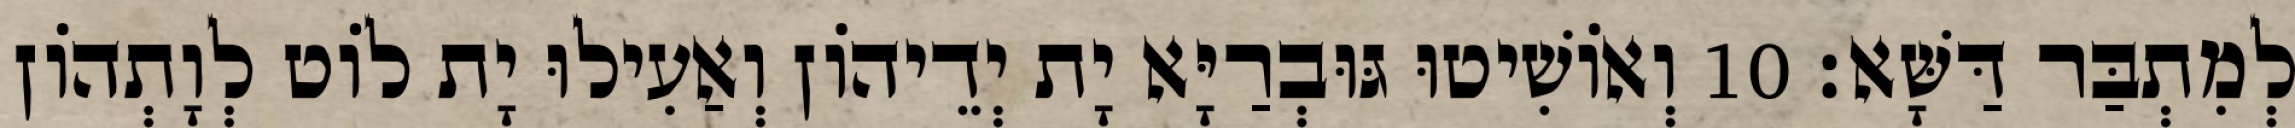
לְמִתְבַּר דַּשָּׁא׃ 10 וְאוֹשִׁיטוּ גּוּבְרַיָּא יָת יְדֵיהוֹן וְאַעִילוּ יָת לוֹט לְוָתְהוֹן